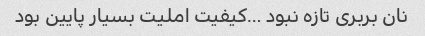
نان بربری تازه نبود …کیفیت املیت بسیار پایین بود